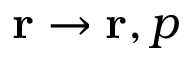
{ \bf r } \rightarrow { \bf r } , p